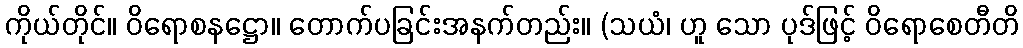
ကိုယ်တိုင်။ ဝိရောစနဋ္ဌော။ တောက်ပခြင်းအနက်တည်း။ (သယံ၊ ဟူ သော ပုဒ်ဖြင့် ဝိရောစေတီတိ